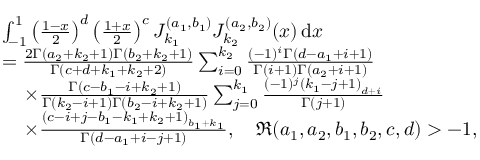
\begin{array} { r l } & { \int _ { - 1 } ^ { 1 } \left( \frac { 1 - x } { 2 } \right) ^ { d } \left( \frac { 1 + x } { 2 } \right) ^ { c } J _ { k _ { 1 } } ^ { ( a _ { 1 } , b _ { 1 } ) } J _ { k _ { 2 } } ^ { ( a _ { 2 } , b _ { 2 } ) } ( x ) \, \mathrm { d } x } \\ & { = \frac { 2 \Gamma \left( a _ { 2 } + k _ { 2 } + 1 \right) \Gamma \left( b _ { 2 } + k _ { 2 } + 1 \right) } { \Gamma \left( c + d + k _ { 1 } + k _ { 2 } + 2 \right) } \sum _ { i = 0 } ^ { k _ { 2 } } \frac { ( - 1 ) ^ { i } \Gamma \left( d - a _ { 1 } + i + 1 \right) } { \Gamma ( i + 1 ) \Gamma \left( a _ { 2 } + i + 1 \right) } } \\ & { ~ ~ ~ \! ~ \times \frac { \Gamma \left( c - b _ { 1 } - i + k _ { 2 } + 1 \right) } { \Gamma \left( k _ { 2 } - i + 1 \right) \Gamma \left( b _ { 2 } - i + k _ { 2 } + 1 \right) } \sum _ { j = 0 } ^ { k _ { 1 } } \frac { ( - 1 ) ^ { j } \left( k _ { 1 } - j + 1 \right) _ { d + i } } { \Gamma ( j + 1 ) } } \\ & { ~ ~ ~ \! ~ \times \frac { \left( c - i + j - b _ { 1 } - k _ { 1 } + k _ { 2 } + 1 \right) _ { b _ { 1 } + k _ { 1 } } } { \Gamma \left( d - a _ { 1 } + i - j + 1 \right) } , \quad \Re ( a _ { 1 } , a _ { 2 } , b _ { 1 } , b _ { 2 } , c , d ) > - 1 , } \end{array}